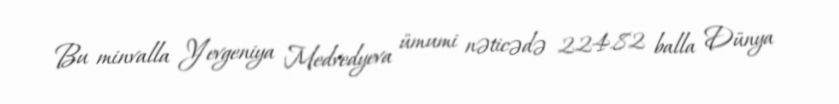
Bu minvalla Yevgeniya Medvedyeva ümumi nəticədə 224.82 balla Dünya